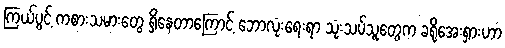
ကြယ်ပွင့် ကစားသမားတွေ ရှိနေတာကြောင့် ဘောလုံးရေးရာ သုံးသပ်သူတွေက ခရိုအေးရှားဟာ